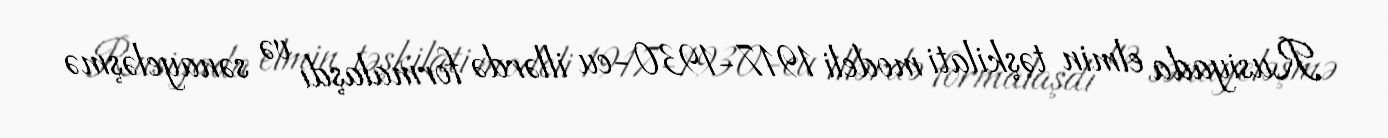
Rusiyada elmin təşkilati modeli 1917-1930-cu illərdə formalaşdı və sənayeləşmə